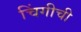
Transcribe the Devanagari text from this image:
चिंगीची